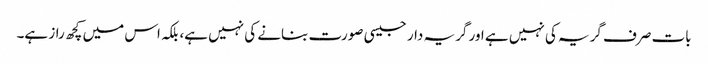
بات صرف گریہ کی نہیں ہے اور گریہ دار جیسی صورت بنانے کی نہیں ہے، بلکہ اس میں کچھ راز ہے۔